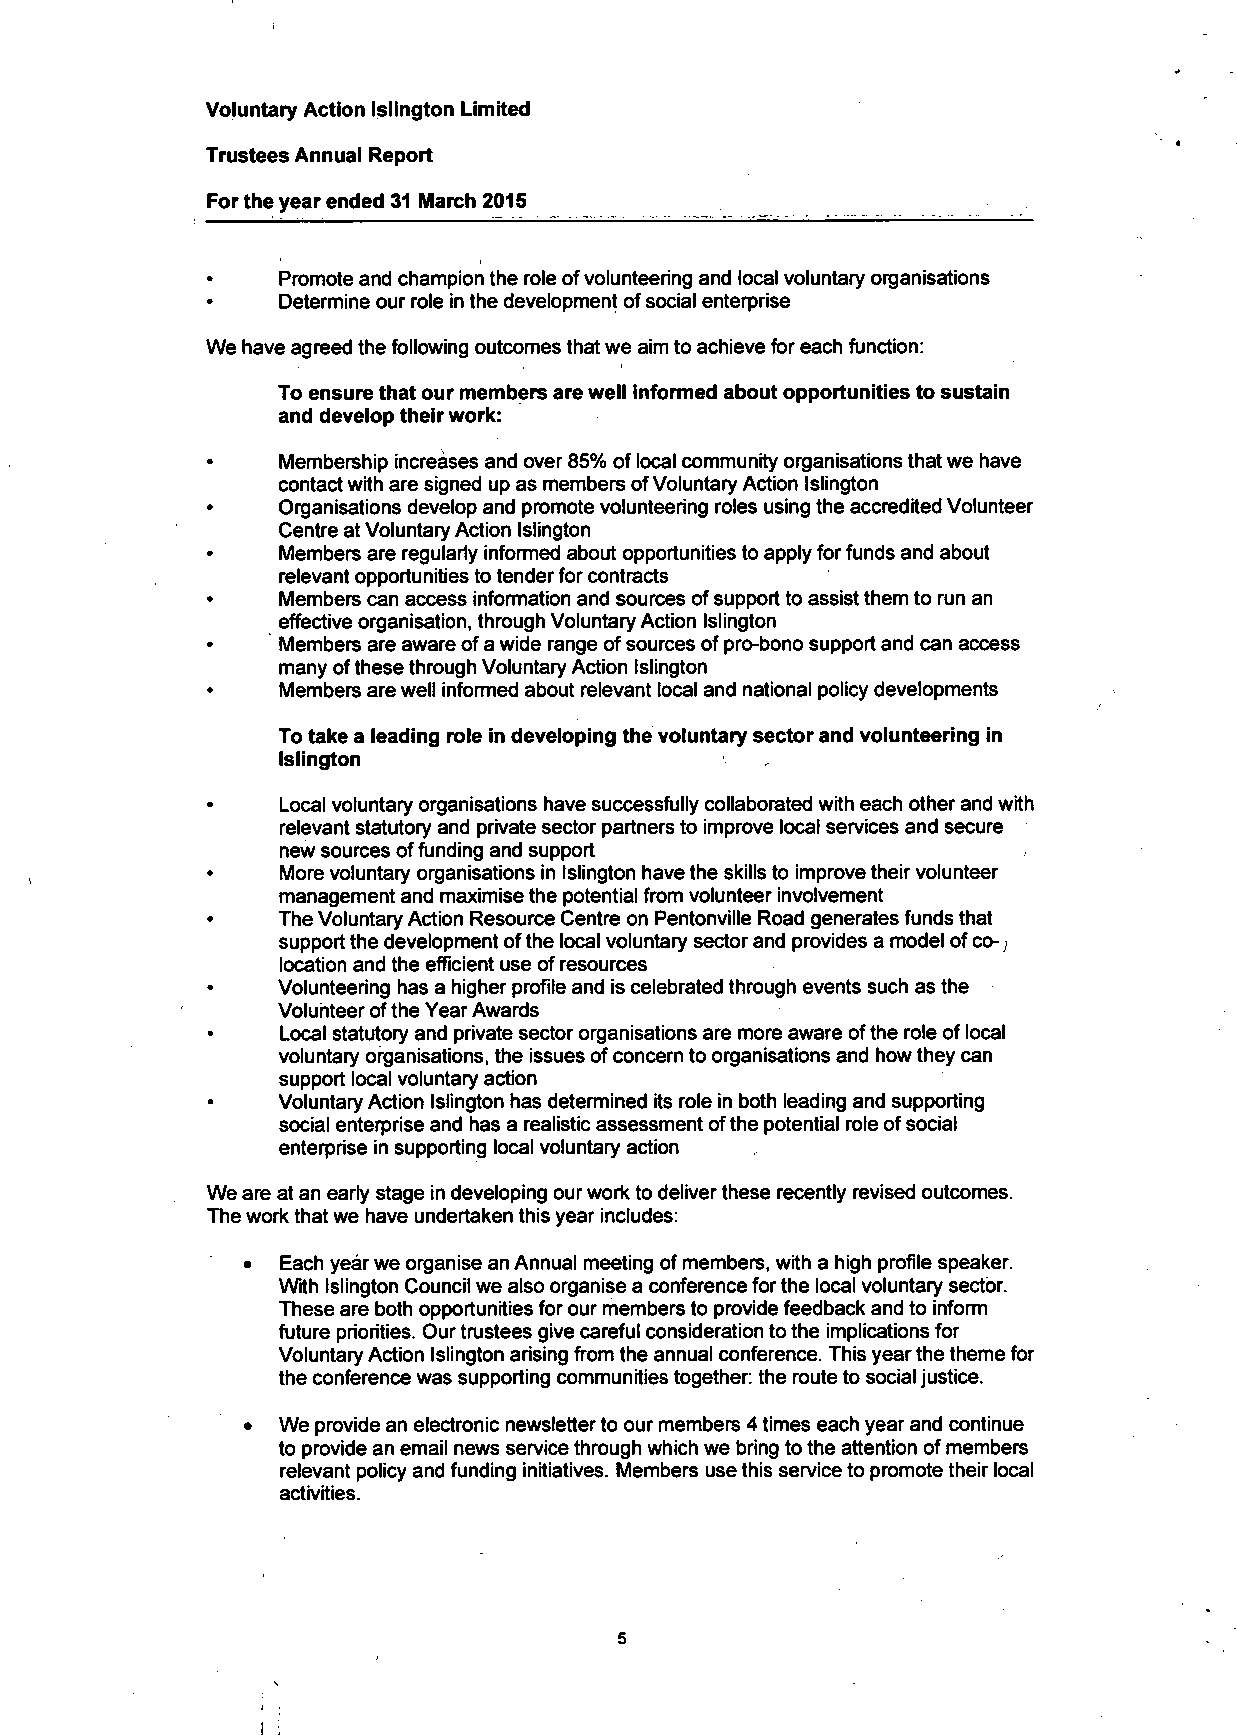
Voluntary Action Islington Limited
 Trustees Annual Report
 For the year ended 31 March 2015
 Promote and champion the role of volunteering and local voluntary organisations
 Determine our role in the development of social enterprise
 We have agreed the following outcomes that we aim to achieve for each function:
 To ensure that our members are well informed about opportunities to sustain
 and develop their work:
 Membership increases and over 85% of local community organisations that we have
 contact with are signed up as members of Voluntary Action Islington
 Organisations develop and promote volunteering roles using the accredited Volunteer
 Centre at Voluntary Action Islington
 Members are regularly informed about opportunities to apply for funds and about
 relevant opportunities to tender for contracts
 Members can access infonmation and sources of support to assist them to run an
 effective organisation, through Voluntary Action Islington
 Members are aware of a wide range of sources of pro-bono support and can access
 many of these through Voluntary Action Islington
 Members are well informed about relevant local and national policy developments
 To take a leading role in developing the voluntary sector and volunteering in
 Islington
 Local voluntary organisations have successfully collaborated with each other and with
 relevant statutory and private sector partners to improve local services and secure
 new sources of funding and support
 More voluntary organisations in Islington have the skills to improve their volunteer
 management and maximise the potential from volunteer involvement
 The Voluntary Action Resource Centre on Pentonville Road generates funds that
 support the development ofthe local voluntary sector and provides a model of co- <
 location and the efficient use of resources
 Volunteering has a higher profile and is celebrated through events such as the
 Volunteer of the Year Awards
 Local statutory and private sector organisations are more aware of the role of local
 voluntary organisations, the issues of concern to organisations and how they can
 support local voluntary action
 Voluntary Action Islington has determined its role in both leading and supporting
 social enterprise and has a realistic assessment of the potential role of social
 enterprise in supporting local voluntary action
 We are at an early stage in developing our work to deliver these recently revised outcomes.
 The work that we have undertaken this year includes:
 •  Each year we organise an Annual meeting of members, with a high profile speaker.
 With Islington Council we also organise a conference for the local voluntary sector.
 These are both opportunities for our members to provide feedback and to inform
 future priorities. Our trustees give careful consideration to the implications for
 Voluntary Action Islington arising from the annual conference. This year the theme for
 the conference was supporting communities together: the route to social justice.
 •  We provide an electronic newsletter to our members 4 times each year and continue
 to provide an email news service through which we bring to the attention of members
 relevant policy and funding initiatives. Members use this service to promote their local
 activities.
 5